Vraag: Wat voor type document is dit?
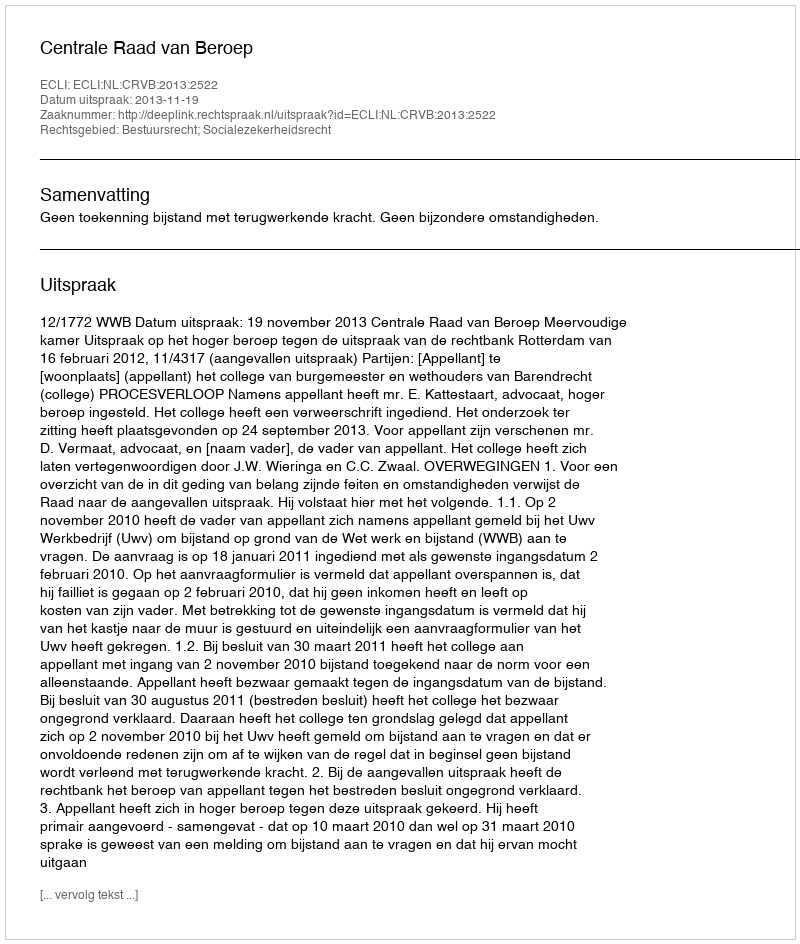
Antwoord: Uitspraak